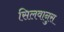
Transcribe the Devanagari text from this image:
सिलवानुस